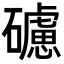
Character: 𥖼